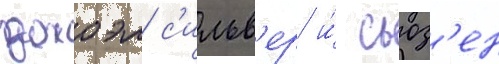
джоэл с'ильв'ер и́ сьюз'ен